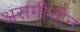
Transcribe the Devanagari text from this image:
असमीचीन